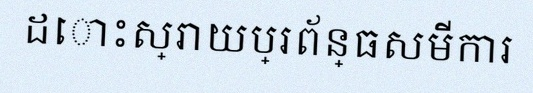
ដោះស្រាយប្រព័ន្ធសមីការ